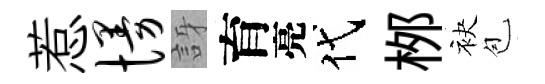
惹慢訝育亮代桞袂苞